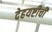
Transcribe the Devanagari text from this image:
देहयष्टीची